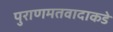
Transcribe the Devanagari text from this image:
पुराणमतवादाकडे